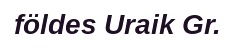
földes Uraik Gr.